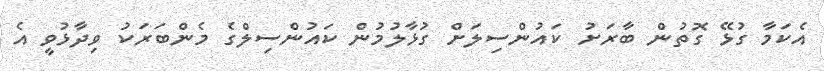
އެކަމާ ގުޅޭ ގޮތުން ބާރަށު ކައުންސިލަށް ގުޅާލުމުން ކައުންސިލްގެ މެންބަރަކު ވިދާޅުވީ އެ